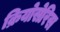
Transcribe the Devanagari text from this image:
क्रियोसेरिस